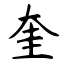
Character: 奎